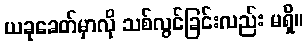
ယခုခေတ်မှာလို သစ်လွင်ခြင်းလည်း မရှိ။